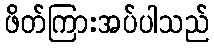
ဖိတ်ကြားအပ်ပါသည်